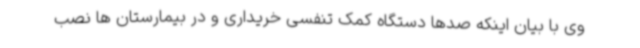
وی با بیان اینکه صدها دستگاه کمک تنفسی خریداری و در بیمارستان ها نصب